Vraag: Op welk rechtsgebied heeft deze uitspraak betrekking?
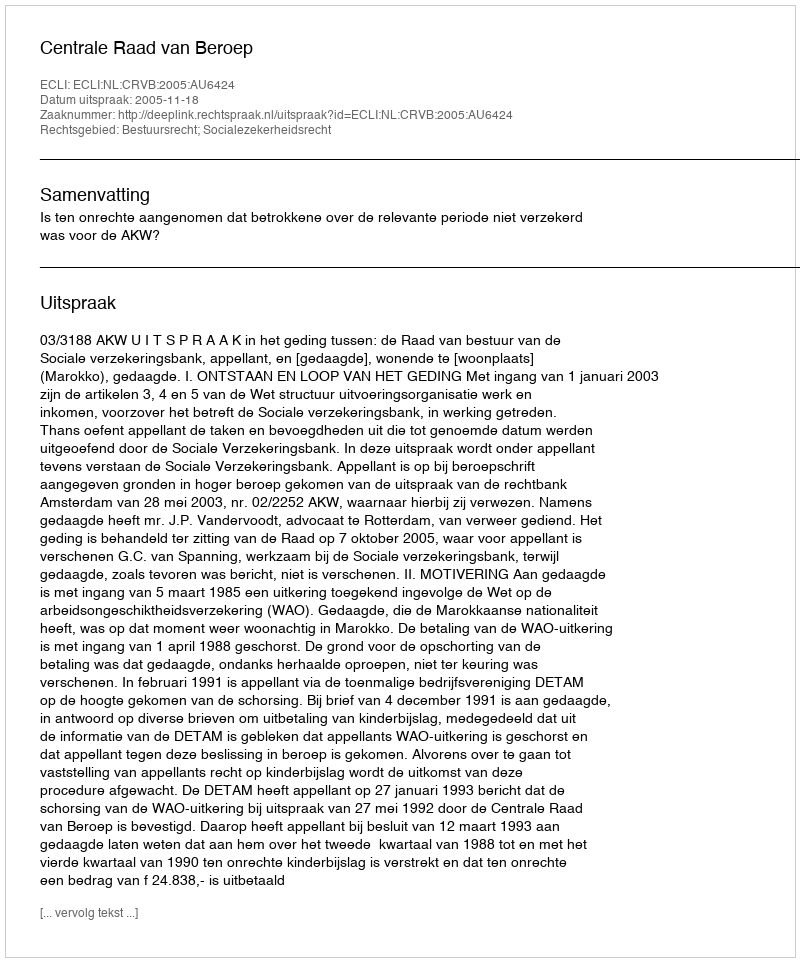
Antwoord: Bestuursrecht; Socialezekerheidsrecht